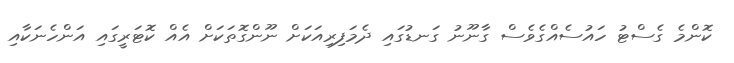
ކޮންމެ ގެސްޓު ހައުސެއްގެވެސް ގާނޫނު ގަނޑުގައި ދެމަފިރިއަކަށް ނޫންގޮތަކަށް އެއް ކޮޓަރީގައި އަންހެނަކާއި